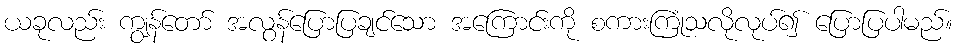
ယခုလည်း ကျွန်တော် အလွန်ပြောပြချင်သော အကြောင်းကို စကားကြုံသလိုလုပ်၍ ပြောပြပါမည်။